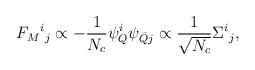
\begin{align*}F_M{}^i{}_j \propto - {1 \over {N_c}} \psi_Q^i \psi_{{\bar Q} j} \propto {1 \over \sqrt{N_c}} \Sigma^i{}_j,\end{align*}